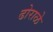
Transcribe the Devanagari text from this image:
ढोराळे